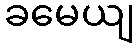
ခမေယျ